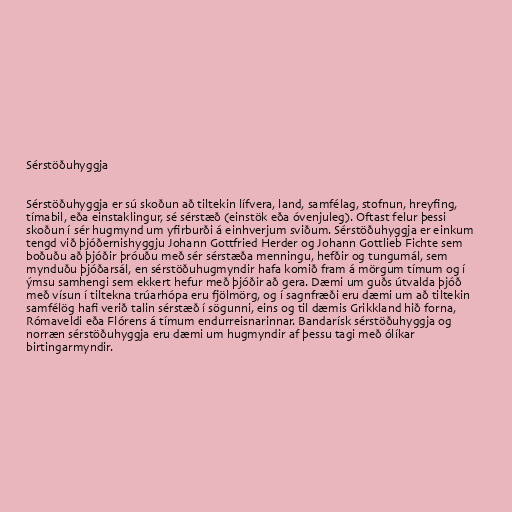
Sérstöðuhyggja

Sérstöðuhyggja er sú skoðun að tiltekin lífvera, land, samfélag, stofnun, hreyfing,
tímabil, eða einstaklingur, sé sérstæð (einstök eða óvenjuleg). Oftast felur þessi
skoðun í sér hugmynd um yfirburði á einhverjum sviðum. Sérstöðuhyggja er einkum
tengd við þjóðernishyggju Johann Gottfried Herder og Johann Gottlieb Fichte sem
boðuðu að þjóðir þróuðu með sér sérstæða menningu, hefðir og tungumál, sem
mynduðu þjóðarsál, en sérstöðuhugmyndir hafa komið fram á mörgum tímum og í
ýmsu samhengi sem ekkert hefur með þjóðir að gera. Dæmi um guðs útvalda þjóð
með vísun í tiltekna trúarhópa eru fjölmörg, og í sagnfræði eru dæmi um að tiltekin
samfélög hafi verið talin sérstæð í sögunni, eins og til dæmis Grikkland hið forna,
Rómaveldi eða Flórens á tímum endurreisnarinnar. Bandarísk sérstöðuhyggja og
norræn sérstöðuhyggja eru dæmi um hugmyndir af þessu tagi með ólíkar
birtingarmyndir.